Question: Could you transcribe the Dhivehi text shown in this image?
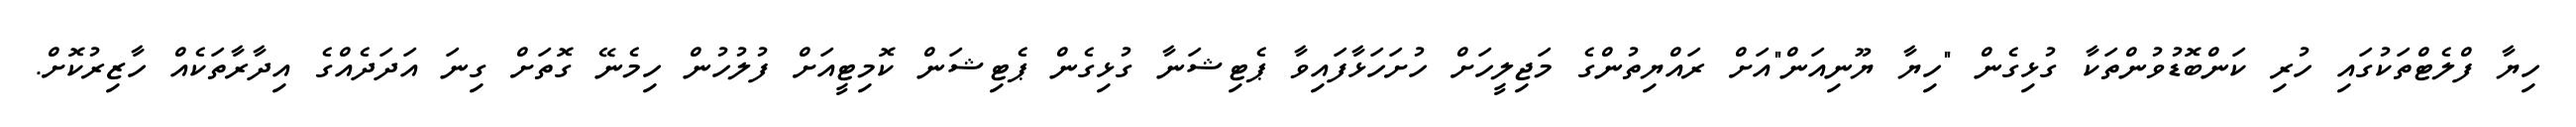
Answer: ހިޔާ ފްލެޓްތަކުގައި ހުރި ކަންބޮޑުވުންތަކާ ގުޅިގެން "ހިޔާ ޔޫނިއަން"އަށް ރައްޔިތުންގެ މަޖިލީހަށް ހުށަހަޅާފައިވާ ޕެޓިޝަނާ ގުޅިގެން ޕެޓިޝަން ކޮމިޓީއަށް ފުލުހުން ހިމެނޭ ގޮތަށް ގިނަ އަދަދެއްގެ އިދާރާތަކެއް ހާޒިރުކޮށް.